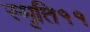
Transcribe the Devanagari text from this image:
स्मृति११